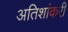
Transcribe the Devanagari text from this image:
अतिशांकरी